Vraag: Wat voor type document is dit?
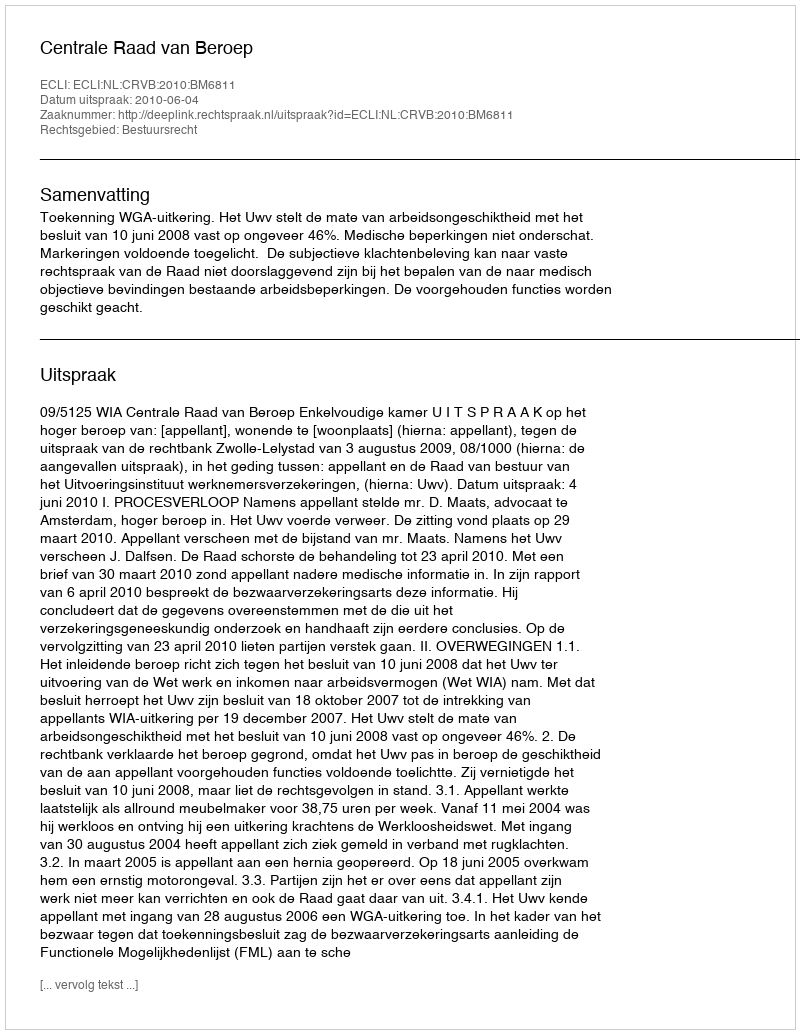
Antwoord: Uitspraak